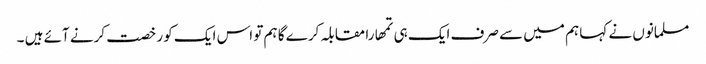
مسلمانوں نے کہا ہم میں سے صرف ایک ہی تمھارا مقابلہ کرے گا ہم تو اس ایک کو رخصت کرنے آئے ہیں ۔